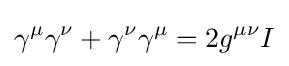
\gamma ^{\mu }\gamma ^{\nu }+\gamma ^{\nu }\gamma ^{\mu }=2g^{\mu \nu }I